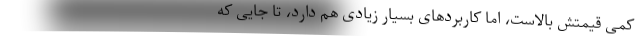
کمی قیمتش بالاست، اما کاربرد‌های بسیار زیادی هم دارد، تا جایی که